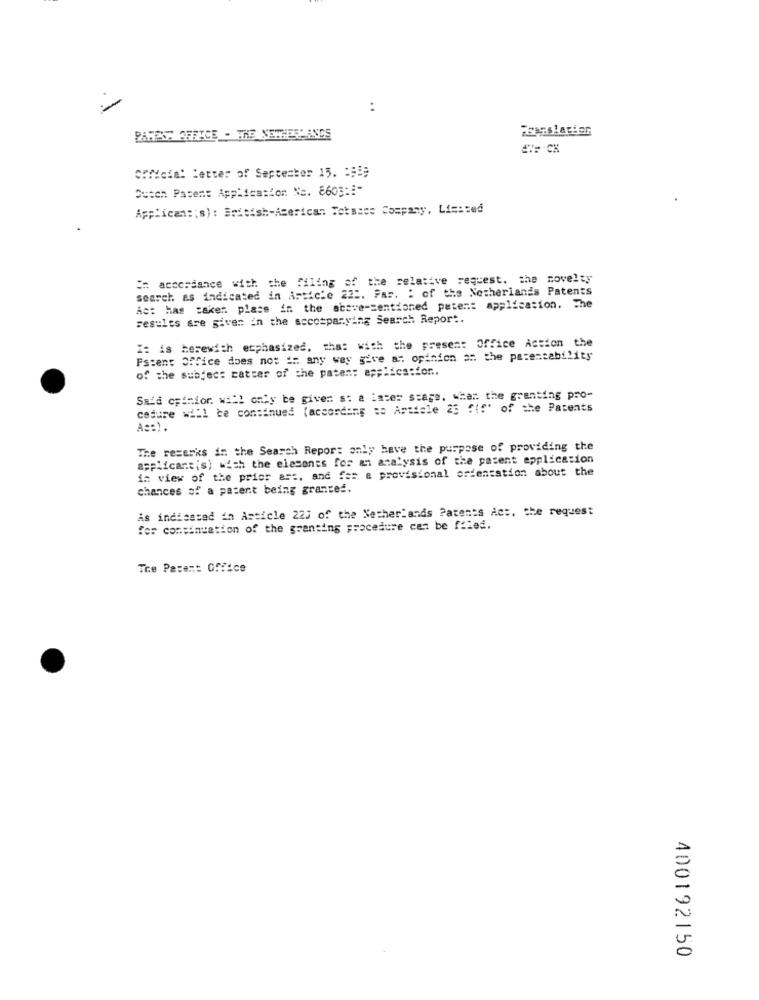
:
PARFAIT OFFICE - THE NETHERLANDS
CPficial letter of September 15. 1999
Dutch Patent Application No. 8603:1-
Applican: ' s): British-American Tobacco Company. Lis:zed
in accordance with the filing of the relative request. the novelty
search es indicated in Article 22 :. Par. : of the Netherlands Patents
Ac: has taken place in the above-mentioned patent application. The
results are given in the accompanying Search Report.
I: is herewith etphasized, that with the present Office Action the
Patent Office does not in any way give at opinion on the parentability
of the subject catter of the pasen: applica:for ..
Said opinion. will only be given s: a later stage. what the granting pro-
cedure will be continued (according to Article 25 "(f' of the Patents
A =: ).
The rezerks in the Search Repor: only have the purpose of providing the
applicant(s) with the elesonts for an analysis of the patent application
in view of the prior art, and for a provisional orientation about the
chances of a patent being granted.
As indicated in Article 223 of the Netherlands Patents Act, the request
for continuation of the granting procedure can be filed.
The Pa:##: Office
400192150